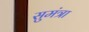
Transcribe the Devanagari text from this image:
सुमंत्रा